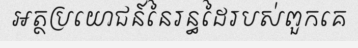
អត្ថប្រយោជន៍នៃរន្ធដៃរបស់ពួកគេ